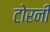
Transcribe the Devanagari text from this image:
टोरनी